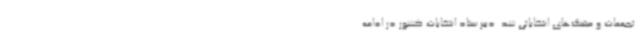
تجمعات و میتینگ‌های انتخاباتی شد. دبیر ستاد انتخابات کشور در ادامه